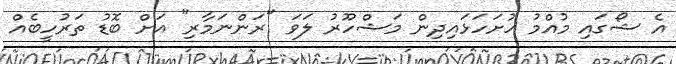
އެ ޝޯގައި މުއްމު ހުށަހަޅައިދިން މަޝްހޫރު ލަވަ "ރަންނަމާރި" އަށް ބޮޑު ތަރުހީބެއް